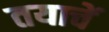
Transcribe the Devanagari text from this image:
तयाचें